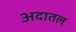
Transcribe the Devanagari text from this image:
अदातल